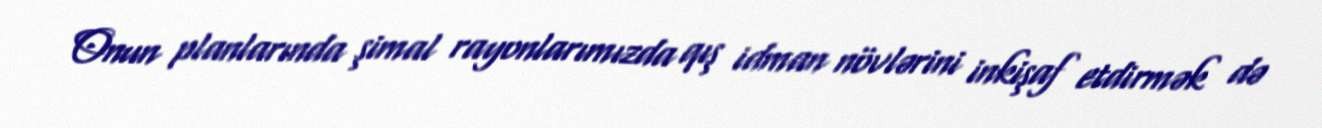
Onun planlarında şimal rayonlarımızda qış idman növlərini inkişaf etdirmək də